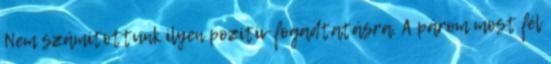
Nem számítottunk ilyen pozitív fogadtatásra. A párom most fél